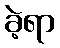
ခဲ့ရာ